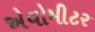
એવોમીટર